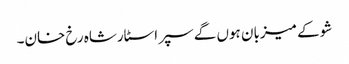
شو کے میزبان ہوں گے سپر اسٹارشاہ رخ خان۔